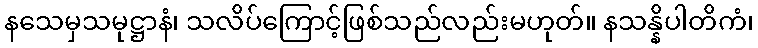
နသေမှသမုဋ္ဌာနံ၊ သလိပ်ကြောင့်ဖြစ်သည်လည်းမဟုတ်။ နသန္နိပါတိကံ၊